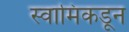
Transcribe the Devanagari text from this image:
स्वामिंकडून